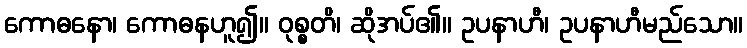
ကောဓနော၊ ကောဓနဟူ၍။ ဝုစ္စတိ၊ ဆိုအပ်၏။ ဥပနာဟီ၊ ဥပနာဟီမည်သော။